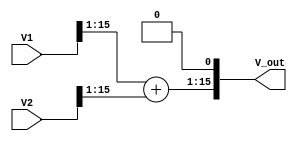
module LogarithmicAnalogMultiplier (
    input wire [15:0] V1,  // 16-bit input for V1
    input wire [15:0] V2,  // 16-bit input for V2
    output reg [15:0] V_out // 16-bit output for V_out
);

    // Internal signals for logarithmic values
    reg [15:0] Y1;  // Logarithmic value of V1
    reg [15:0] Y2;  // Logarithmic value of V2
    reg [15:0] Y_sum; // Summation of Y1 and Y2

    // Function to simulate logarithmic conversion
    function [15:0] log_conversion(input [15:0] V);
        begin
            // Simple example of logarithmic conversion (not actual log)
            // This is a placeholder for a proper logarithmic function
            log_conversion = V >> 1; // Example: log(V) ~ V/2 for simulation
        end
    endfunction

    // Function to simulate exponential conversion
    function [15:0] exp_conversion(input [15:0] Y);
        begin
            // Simple example of exponential conversion (not actual exp)
            // This is a placeholder for a proper exponential function
            exp_conversion = Y << 1; // Example: e^(Y) ~ 2^Y for simulation
        end
    endfunction

    // Always block to perform operations
    always @(*) begin
        // Logarithmic conversion
        Y1 = log_conversion(V1);
        Y2 = log_conversion(V2);

        // Summation of logarithmic values
        Y_sum = Y1 + Y2;

        // Exponential conversion to get output
        V_out = exp_conversion(Y_sum);
    end

endmodule